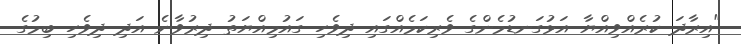
"އިރާދަ ކުރެއްވިއްޔާ އަޅުގަނޑުމެންގެ ވެރިކަމެއްގައި ދިވެހި ގައުމިއްޔަތު ދިރުވާނެ އަދި ދިވެހި ބިމުގެ